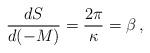
LaTeX: \begin{align*}\frac{dS}{d(-M)}=\frac{2\pi}{\kappa} = \beta\,,\end{align*}